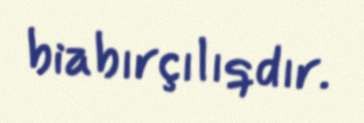
biabırçılıqdır.